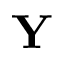
\mathbf { Y }